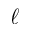
\ell